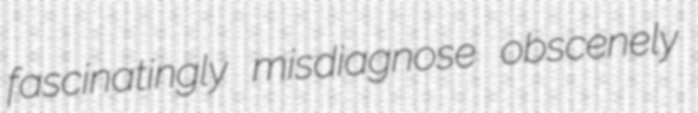
fascinatingly misdiagnose obscenely